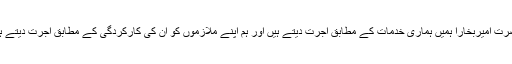
حضرت امیربخارا ہمیں ہماری خدمات کے مطابق اجرت دیتے ہیں اور ہم اپنے ملازموں کو اُن کی کارکردگی کے مطابق اجرت دیتے ہیں ۔